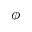
\phi